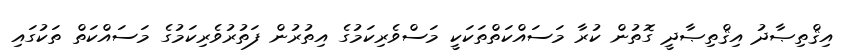
އިޤްތިޞާދު އިޤްތިޞާދީ ގޮތުން ކުރާ މަސައްކަތްތަކަކީ މަސްވެރިކަމުގެ އިތުރުން ފަތުރުވެރިކަމުގެ މަސައްކަތް ތަކުގައި